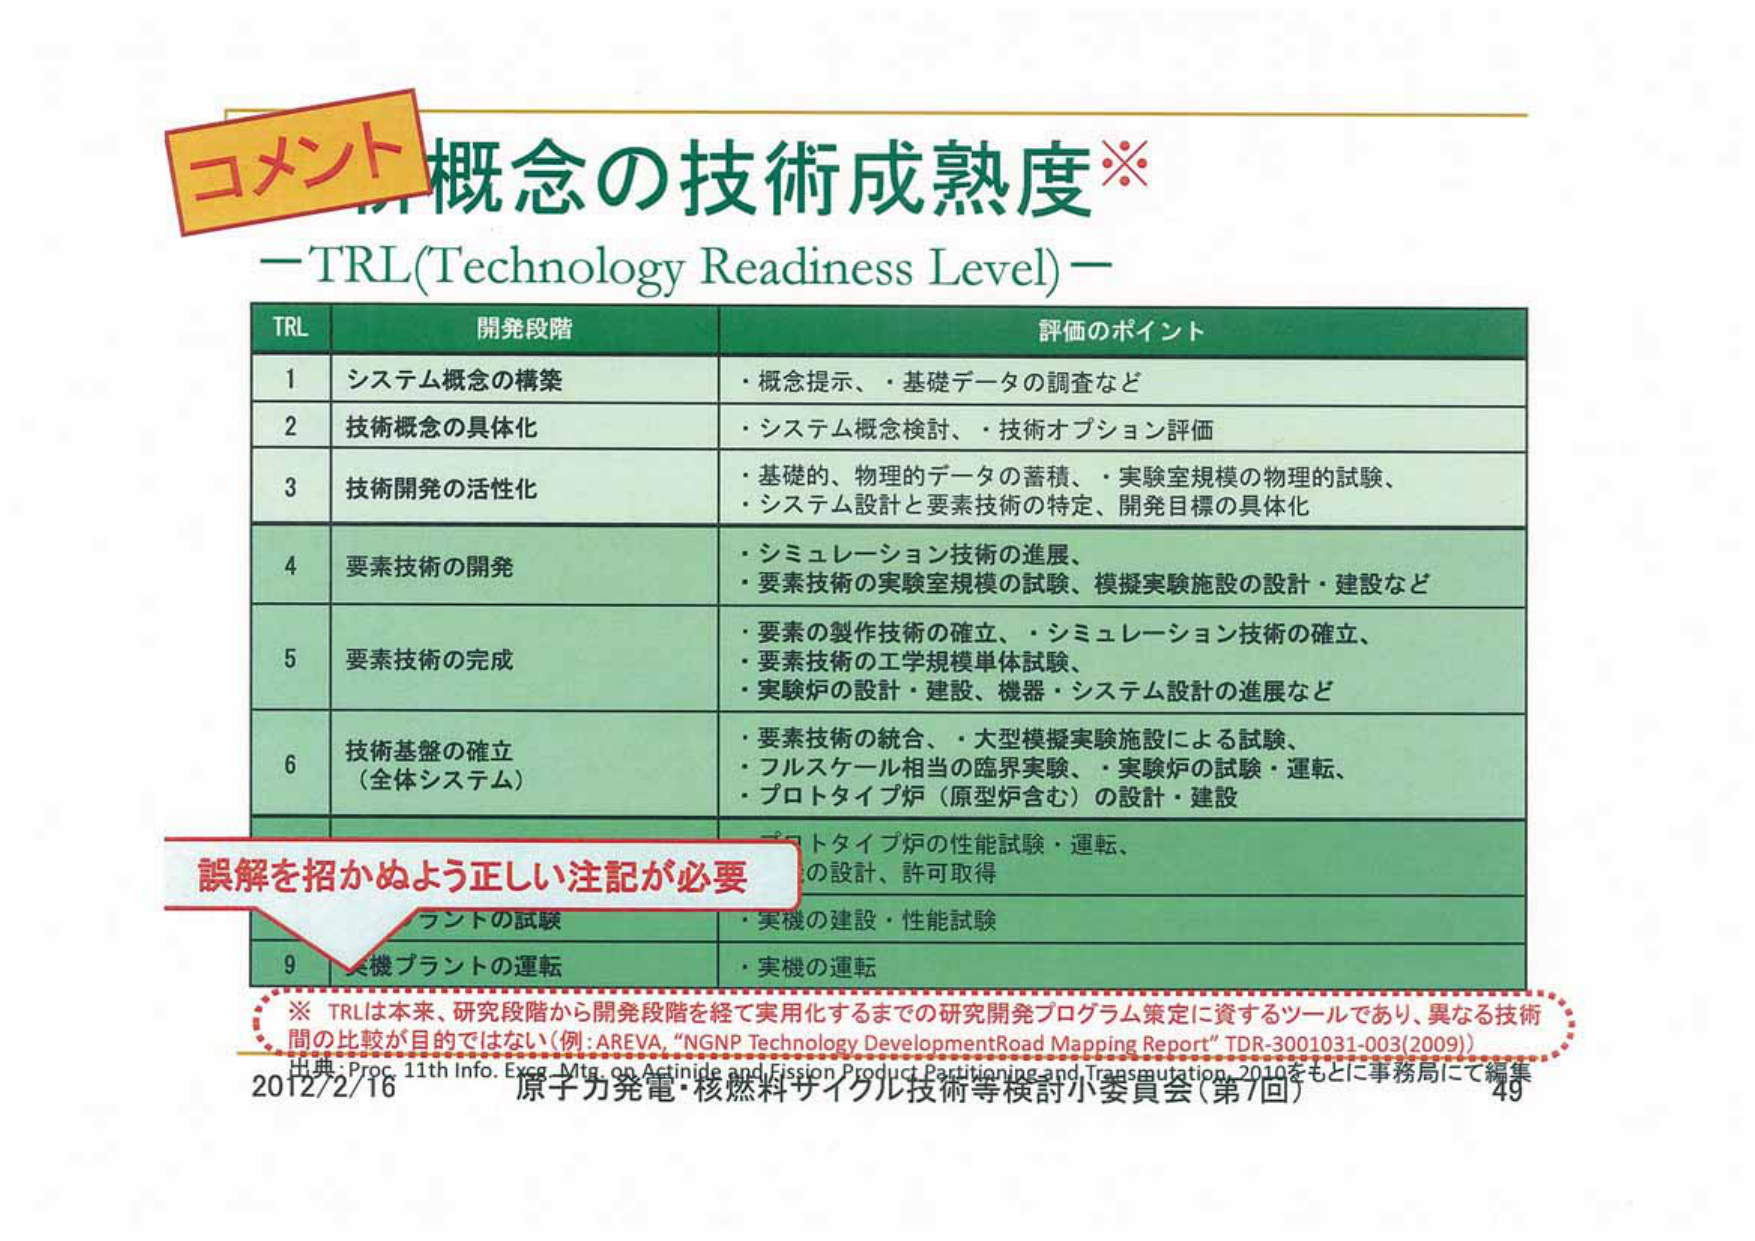
コメント
概念の技術成熟度※
－TRL(Technology Readiness Level)－

TRL 開発段階 評価のポイント
1 システム概念の構築 ・概念提示、・基礎データの調査など
2 技術概念の具体化 ・システム概念検討、・技術オプション評価
3 技術開発の活性化 ・基礎的、物理的データの蓄積、・実験室規模の物理的試験、
・システム設計と要素技術の特定、開発目標の具体化
4 要素技術の開発 ・シミュレーション技術の進展、
・要素技術の実験室規模の試験、模擬実験施設の設計・建設など
5 要素技術の完成 ・要素の製作技術の確立、・シミュレーション技術の確立、
・要素技術の工学規模単体試験、
・実験炉の設計・建設、機器・システム設計の進展など
6 技術基盤の確立 （全体システム） ・要素技術の統合、・大型模擬実験施設による試験、
・フルスケール相当の臨界実験、・実験炉の試験・運転、
・プロトタイプ炉（原型炉含む）の設計・建設
7 プロトタイプ炉の性能試験・運転、
・設計、許可取得
8 プラントの試験 ・実機の建設・性能試験
9 実機プラントの運転 ・実機の運転

※ TRLは本来、研究段階から開発段階を経て実用化するまでの研究開発プログラム策定に資するツールであり、異なる技術間の比較が目的ではない（例：AREVA, “NGNP Technology Development Road Mapping Report” TDR-3001031-003(2009)）

出典：Proc. 11th Info. Exch. Mtg. on Actinide and Fission Product Partitioning and Transmutation, 2010をもとに事務局にて編集
2012/2/16 原子力発電・核燃料サイクル技術等検討小委員会（第7回） 49

誤解を招かぬよう正しい注記が必要